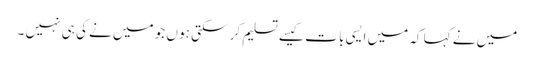
میں نے کہا کہ میں ایسی با ت کیسے تسلیم کر سکتی ہو ں جو میں نے کی ہی نہیں ۔